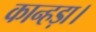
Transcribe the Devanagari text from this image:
कान्हड़ा।